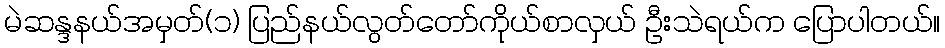
မဲဆန္ဒနယ်အမှတ်(၁) ပြည်နယ်လွတ်တော်ကိုယ်စာလှယ် ဦးသဲရယ်က ပြောပါတယ်။